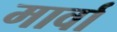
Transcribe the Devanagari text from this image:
मार्वा